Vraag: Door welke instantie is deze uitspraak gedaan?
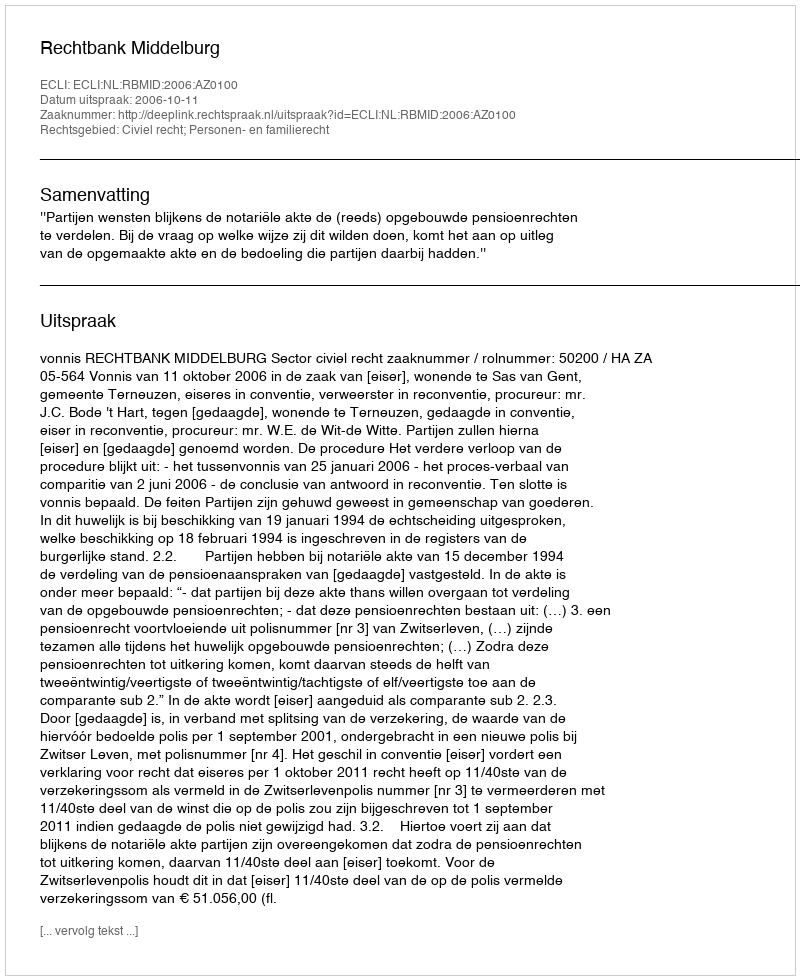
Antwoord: Rechtbank Middelburg